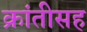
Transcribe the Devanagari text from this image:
क्रांतीसह